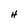
Character: H